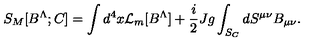
S _ { M } [ B ^ { \Lambda } ; C ] = \int d ^ { 4 } x { \cal L } _ { m } [ B ^ { \Lambda } ] + { \frac { i } { 2 } } J g \int _ { S _ { C } } d S ^ { \mu \nu } B _ { \mu \nu } .